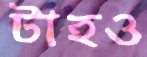
টাহও